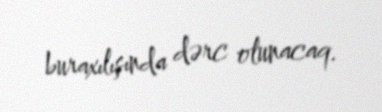
buraxılışında dərc olunacaq.